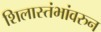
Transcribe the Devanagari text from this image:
शिलास्तंभांवरुन